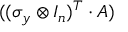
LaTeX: ( ( \sigma _ { y } \otimes I _ { n } ) ^ { T } \cdot A )